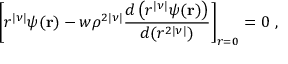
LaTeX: \left[ r ^ { | \nu | } \psi ( { \bf r } ) - w \rho ^ { 2 | \nu | } { \frac { d \left( r ^ { | \nu | } \psi ( { \bf r } ) \right) } { d ( r ^ { 2 | \nu | } ) } } \right] _ { r = 0 } = 0 ~ ,